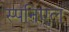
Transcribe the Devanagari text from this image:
स्पनिएल